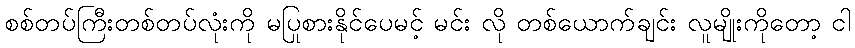
စစ်တပ်ကြီးတစ်တပ်လုံးကို မပြုစားနိုင်ပေမင့် မင်း လို တစ်ယောက်ချင်း လူမျိုးကိုတော့ ငါ